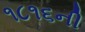
૧૮૧૬ની